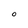
Character: O